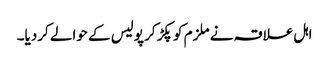
اہل علاقہ نے ملزم کو پکڑ کر پولیس کے حوالے کردیا۔